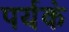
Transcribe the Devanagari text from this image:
पर्यकं